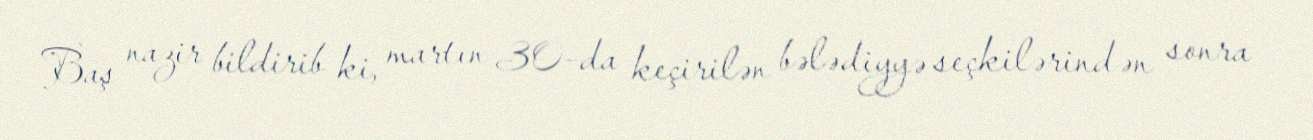
Baş nazir bildirib ki, martın 30-da keçirilən bələdiyyə seçkilərindən sonra